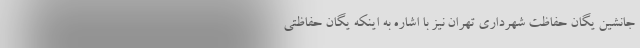
جانشین یگان حفاظت شهرداری تهران نیز با اشاره به اینکه یگان حفاظتی